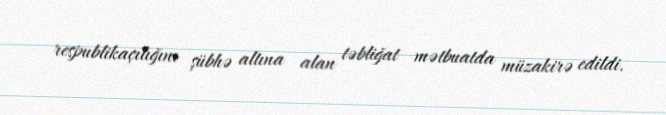
respublikaçılığını şübhə altına alan təbliğat mətbuatda müzakirə edildi.